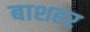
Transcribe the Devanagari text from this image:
बाशहर